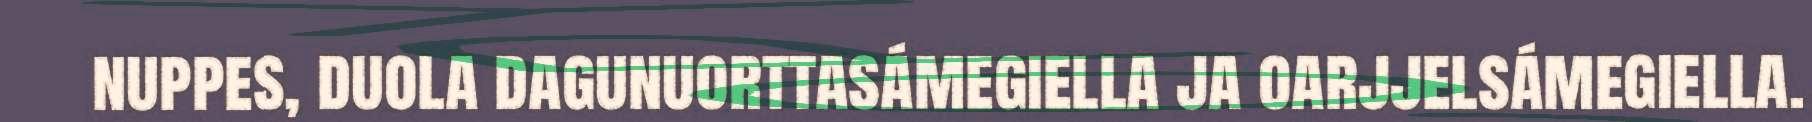
nuppes, duola dagunuorttasámegiella ja oarjjelsámegiella.